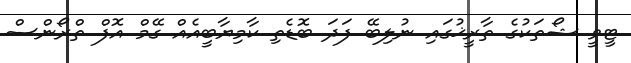
ޓީވީ ޝޯތަކުގެ ތާރީޚުގައި ނުލިބޭ ފަދަ ބޮޑެތި ކާމިޔާބީއެއް ގޭމް އޮފް ތްރޯންސް